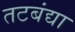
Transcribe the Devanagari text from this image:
तटबंद्या